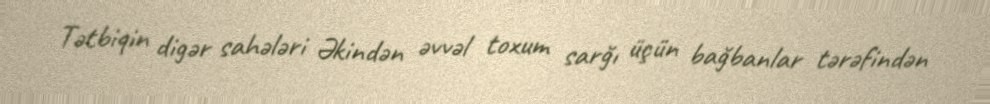
Tətbiqin digər sahələri Əkindən əvvəl toxum sarğı üçün bağbanlar tərəfindən